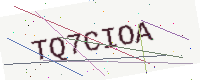
Text: TQ7CIOA